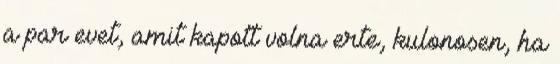
a par evet, amit kapott volna erte, kulonosen, ha